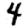
Digit: 4